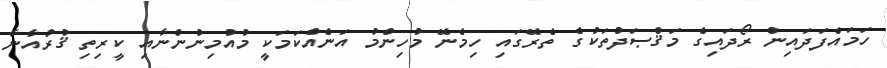
ހަމައެފަދައިން ރޯދައިގެ މަޤްޞަދުތަކުގެ ތެރޭގައި ހިމެނޭ މުހިންމު އަނެއްކަމަކީ މުއުމިނުންނާއި ކީރިތި ޤުރުއާނާ